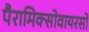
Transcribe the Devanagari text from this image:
पैरामिक्सोवायरसों